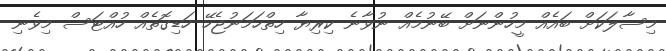
މިސާލަކަށް ބައެއް މީހުންނަށް ބޭނުމެއް ނުވާނެ ކިރިޔާ ހިތްހަމަނުޖެހޭ ހަޑިގޮތެއް ހުއްޓަސް މިވެނި